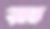
রা